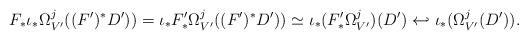
LaTeX: \begin{align*}F_* \iota_*\Omega^j_{V'}((F')^*D') )= \iota_* F'_* \Omega^j_{V'}((F')^* D')) \simeq \iota_* (F'_* \Omega^j_{V'})(D') \hookleftarrow \iota_* (\Omega^j_{V'}(D')). \end{align*}